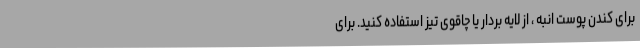
برای کندن پوست انبه ، از لایه بردار یا چاقوی تیز استفاده کنید. برای